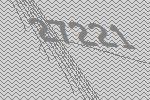
27221